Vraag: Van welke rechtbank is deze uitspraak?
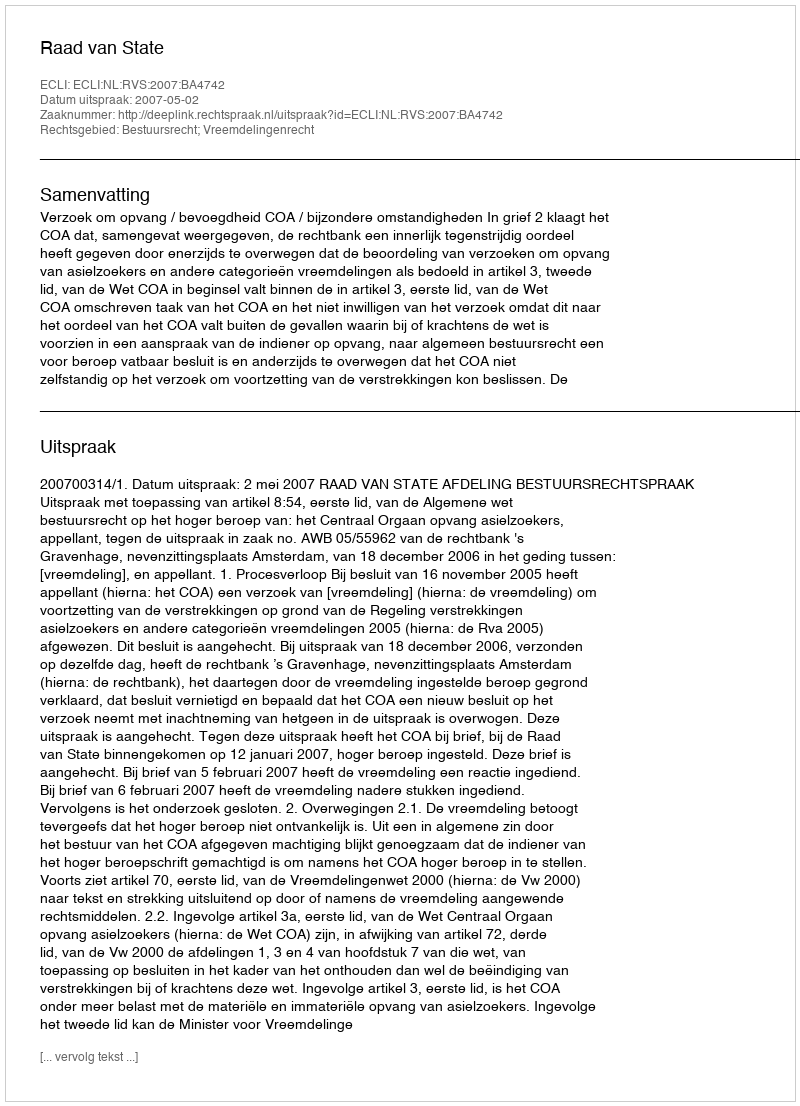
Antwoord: Raad van State